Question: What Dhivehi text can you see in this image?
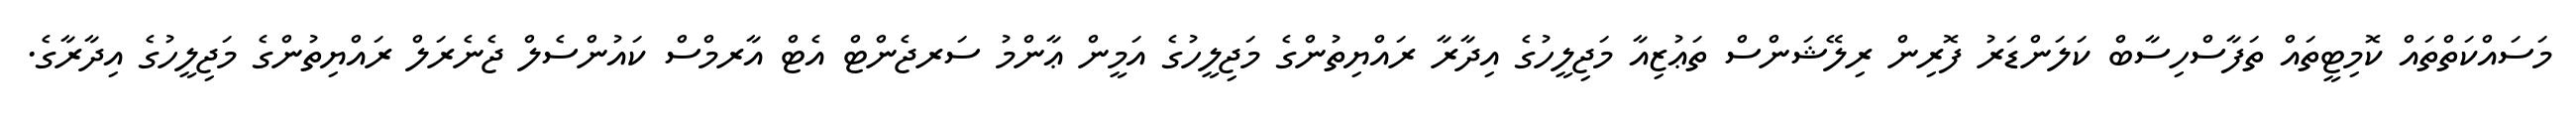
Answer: މަސައްކަތްތައް ކޮމިޓީތައް ތަފާސްހިސާބް ކަލަންޑަރު ފޮރިން ރިލޭޝަންސް ތަޢުޒިއާ މަޖިލީހުގެ އިދާރާ ރައްޔިތުންގެ މަޖިލީހުގެ އަމީން ޢާންމު ސަރޖެންޓް އެޓް އާރމްސް ކައުންސެލް ޖެނެރަލް ރައްޔިތުންގެ މަޖިލީހުގެ އިދާރާގެ.